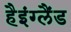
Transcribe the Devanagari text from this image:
हैइंग्लैंड